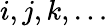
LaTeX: i,j,k,\dots